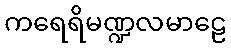
ကရေရိမဏ္ဍလမာဠေ